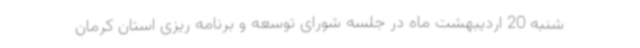
شنبه 20 اردیبهشت ماه در جلسه شورای توسعه و برنامه ریزی استان کرمان